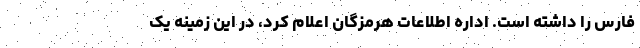
فارس را داشته است. اداره اطلاعات هرمزگان اعلام کرد، در این زمینه یک